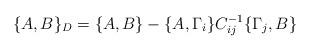
LaTeX: \begin{align*}\{A, B\}_{D}= \{A, B\} - \{A, \Gamma _{i}\}C^{-1}_{ij}\{\Gamma _{j},B\}\end{align*}